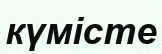
күмісте